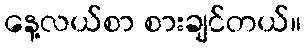
နေ့လယ်စာ စားချင်တယ်။